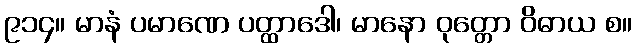
၉၁၄။ မာနံ ပမာဏေ ပတ္ထာဒေါ၊ မာနော ဝုတ္တော ဝိဓာယ စ။